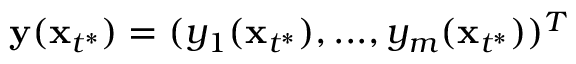
\mathbf y ( \mathbf x _ { t ^ { * } } ) = ( y _ { 1 } ( \mathbf x _ { t ^ { * } } ) , . . . , y _ { m } ( \mathbf x _ { t ^ { * } } ) ) ^ { T }